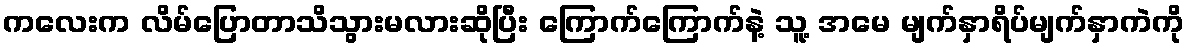
ကလေးက လိမ်ပြောတာသိသွားမလားဆိုပြီး ကြောက်ကြောက်နဲ့ သူ့ အမေ မျက်နှာရိပ်မျက်နှာကဲကို